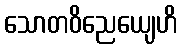
သောတဝိညေယျေဟိ